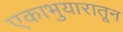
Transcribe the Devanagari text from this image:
एकाभुयारातून